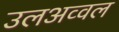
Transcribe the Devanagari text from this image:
उलअव्वल